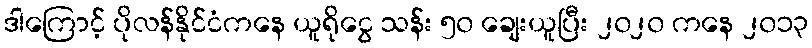
ဒါကြောင့် ပိုလန်နိုင်ငံကနေ ယူရိုငွေ သန်း ၅၀ ချေးယူပြီး ၂၀၂၀ ကနေ ၂၀၁၃